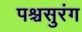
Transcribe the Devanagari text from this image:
पश्चसुरंग